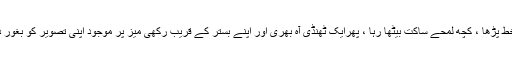
مریض نے خط پڑھا ، کچھ لمحے ساکت بیٹھا رہا ، پھرایک ٹھنڈی آہ بھری اور اپنے بستر کے قریب رکھی میز پر موجود اپنی تصویر کو بغور دیکھنے لگا ۔